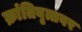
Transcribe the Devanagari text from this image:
क्रांतिवृत्तवर